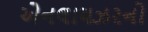
એનલાયઝરનો